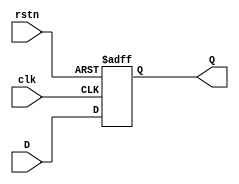
//---------------------------------------------------------------------------------------------------//
//		Copyright (c) IPTN Ltd. All rights reserves.
//
//		Owner				: A.Mzah
//		Last modified by 	: A/Mzah
//		Organisation 		: IPTN
//
//		Abstract 			: D Flip flop signal
//
//		Description : 

module flipflop(D,clk,rstn,Q);
	input   wire D; 			// Data input 
	input   wire clk; 			// clock input 
	input   wire rstn;  		// asynchronous reset low level 
	output  reg Q;   			// output Q 
	
	always @(posedge clk or negedge rstn) 
	begin
		if(rstn==1'b0)
			Q <= 1'b0; 
		else 
			Q <= D; 
	end 
	
endmodule